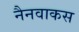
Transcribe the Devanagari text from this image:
नैनवाकस